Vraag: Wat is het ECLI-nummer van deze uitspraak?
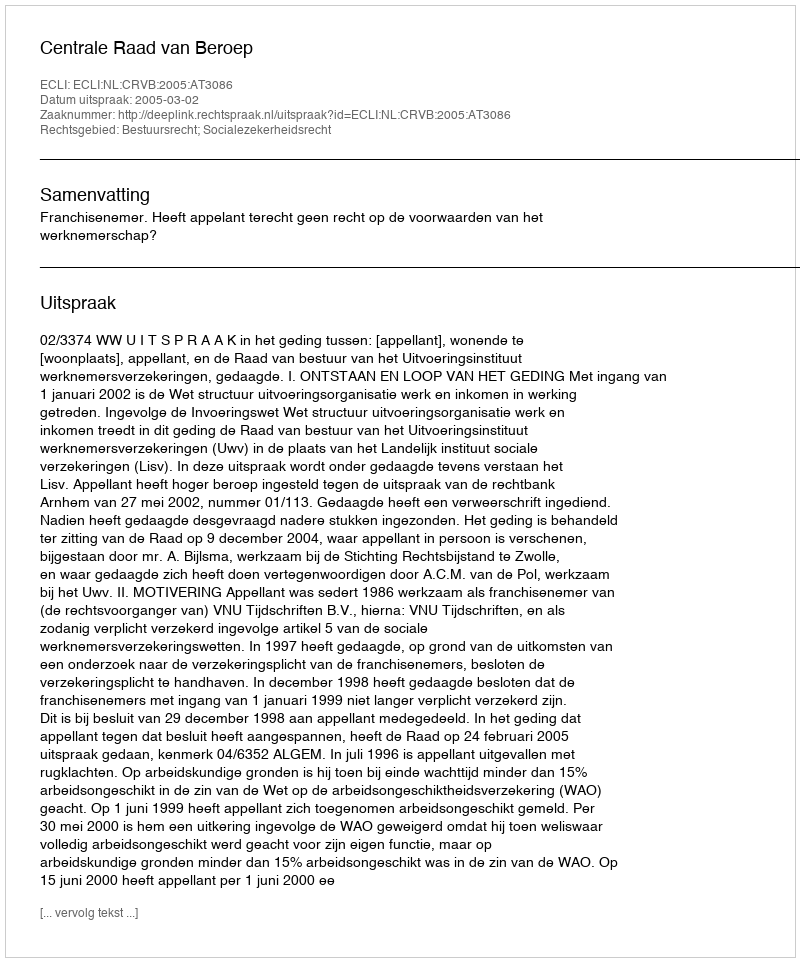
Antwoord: ECLI:NL:CRVB:2005:AT3086